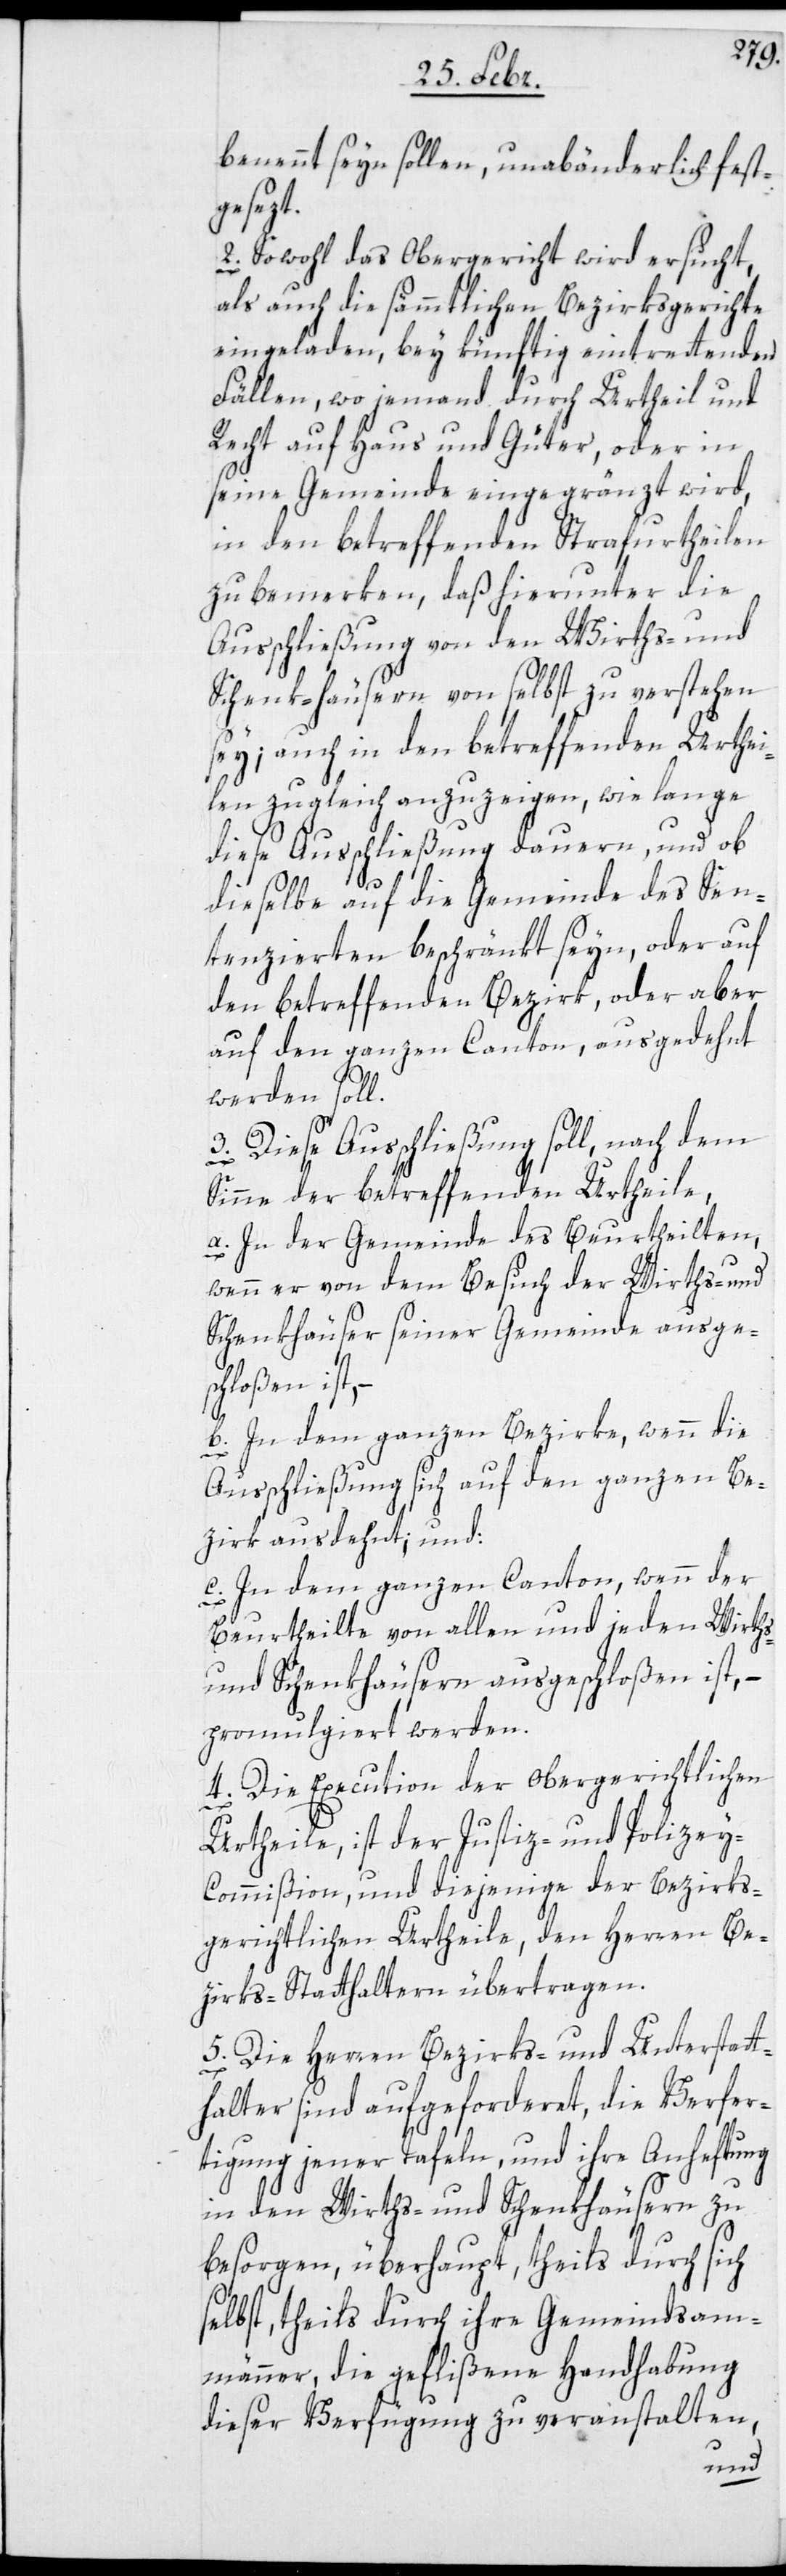
benennt seyn sollen, unabänderlich fest¬
gesezt.
2. Sowohl das Obergericht wird ersucht,
als auch die sämmtlichen Bezirksgerichte
eingeladen, bey künftig eintrettenden
Fällen, wo jemand durch Urtheil und
Recht auf Haus und Güter, oder in
seine Gemeinde eingegränzt wird,
in den betreffenden Strafurtheilen
zu bemerken, daß hierunter die
Ausschließung von den Wirths- und
Schenk-häusern von selbst zu verstehen
sey; auch in den betreffenden Urthei¬
len zugleich anzuzeigen, wie lange
diese Ausschließung dauern, und ob
dieselbe auf die Gemeinde des Sen¬
tenzierten beschränkt seyn, oder auf
den betreffenden Bezirk, oder aber
auf den ganzen Canton, ausgedehnt
werden soll.
3. Diese Ausschließung soll, nach dem
Sinne der betreffenden Urtheile,
a) In der Gemeinde des Beurtheilten,
wenn er von dem Besuch der Wirths- und
Schenkhäuser seiner Gemeinde ausges¬
chloßen ist,
b) In dem ganzen Bezirke, wenn die
Ausschließung sich auf den ganzen Be¬
zirk ausdehnt; und:
c) In dem ganzen Canton, wenn der
Beurtheilte von allen und jeden Wirths-
und Schenkhäusern ausgeschloßen ist, –
promulgiert werden.
4. Die Execution der obergerichtlichen
Urtheile, ist der Justiz- und Polize¬
y-Commißion, und diejenige der Bezirks¬
gerichtlichen Urtheile, den Herren Be¬
zirks-Statthaltern übertragen.
5. Die Herren Bezirks- und Unterstatt¬
halter sind aufgeforderet, die Verfer¬
tigung jener Tafeln, und ihre Anheftung
in den Wirths- und Schenkhäusern zu
besorgen, überhaupt, theils durch sich
selbst, theils durch ihre Gemeindsam¬
männer, die geflißene Handhabung
dieser Verfügung zu veranstalten,